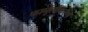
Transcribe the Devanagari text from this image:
फार्मूलीकरण